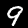
Digit: 9